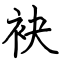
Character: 袂